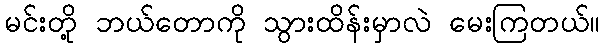
မင်းတို့ ဘယ်တောကို သွားထိန်းမှာလဲ မေးကြတယ်။